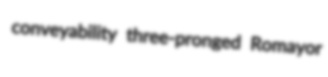
conveyability three-pronged Romayor